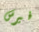
فيرس